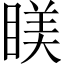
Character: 𥈢